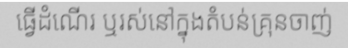
ធ្វើដំណើរ ឬរស់នៅក្នុងតំបន់គ្រុនចាញ់